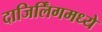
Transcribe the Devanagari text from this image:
दाजिर्लिंगमध्ये